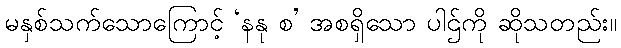
မနှစ်သက်သောကြောင့် ‘နနု စ’ အစရှိသော ပါဌ်ကို ဆိုသတည်း။